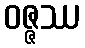
ဝဇ္ဇဿ